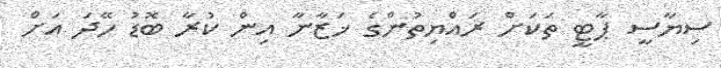
ސިޔާސީ ޕާޓީ ތަކަށް ރައްޔިތުންގެ ޚަޒާނާ އިން ކުރާ ބޮޑު ހޭދަ އަށް